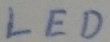
Text: LED